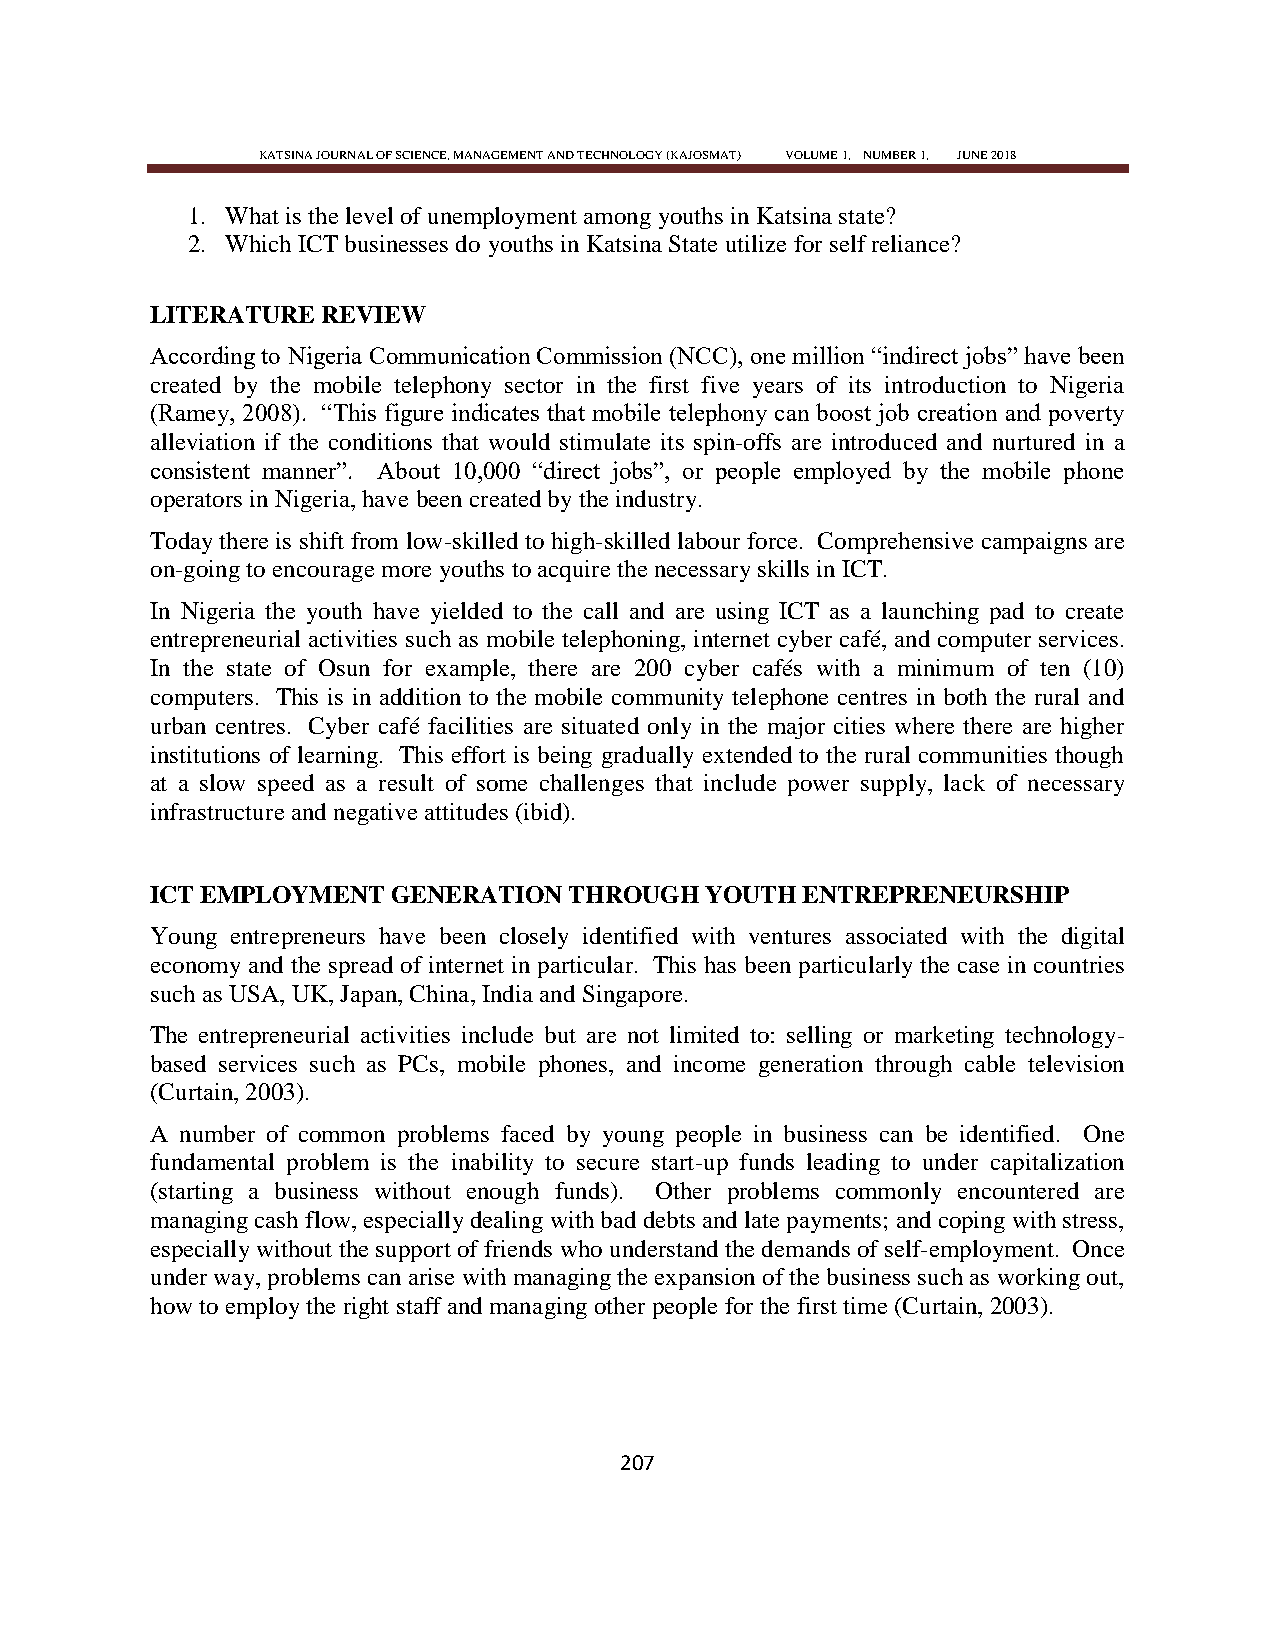
KATSINA JOURNAL OF SCIENCE, MANAGEMENT AND TECHNOLOGY (KAJOSMAT) VOLUME 1, NUMBER 1, JUNE 2018
 1. What is the level of unemployment among youths in Katsina state?
 2. Which ICT businesses do youths in Katsina State utilize for self reliance?
 LITERATURE REVIEW
 According to Nigeria Communication Commission (NCC), one million ―indirect jobs‖ have been
 created by the mobile telephony sector in the first five years of its introduction to Nigeria
 (Ramey, 2008). ―This figure indicates that mobile telephony can boost job creation and poverty
 alleviation if the conditions that would stimulate its spin-offs are introduced and nurtured in a
 consistent manner‖. About 10,000 ―direct jobs‖, or people employed by the mobile phone
 operators in Nigeria, have been created by the industry.
 Today there is shift from low-skilled to high-skilled labour force. Comprehensive campaigns are
 on-going to encourage more youths to acquire the necessary skills in ICT.
 In Nigeria the youth have yielded to the call and are using ICT as a launching pad to create
 entrepreneurial activities such as mobile telephoning, internet cyber café, and computer services.
 In the state of Osun for example, there are 200 cyber cafés with a minimum of ten (10)
 computers. This is in addition to the mobile community telephone centres in both the rural and
 urban centres. Cyber café facilities are situated only in the major cities where there are higher
 institutions of learning. This effort is being gradually extended to the rural communities though
 at a slow speed as a result of some challenges that include power supply, lack of necessary
 infrastructure and negative attitudes (ibid).
 ICT EMPLOYMENT  GENERATION  THROUGH  YOUTH ENTREPRENEURSHIP
 Young entrepreneurs have been closely identified with ventures associated with the digital
 economy and the spread of internet in particular. This has been particularly the case in countries
 such as USA, UK, Japan, China, India and Singapore.
 The entrepreneurial activities include but are not limited to: selling or marketing technology-
 based services such as PCs, mobile phones, and income generation through cable television
 (Curtain, 2003).
 A number of common problems faced by young people in business can be identified. One
 fundamental problem is the inability to secure start-up funds leading to under capitalization
 (starting a business without enough funds). Other problems commonly encountered are
 managing cash flow, especially dealing with bad debts and late payments; and coping with stress,
 especially without the support of friends who understand the demands of self-employment. Once
 under way, problems can arise with managing the expansion of the business such as working out,
 how to employ the right staff and managing other people for the first time (Curtain, 2003).
 207